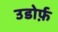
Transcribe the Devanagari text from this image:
उडोर्फ़